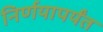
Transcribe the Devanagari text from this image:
निर्णयापर्यंत